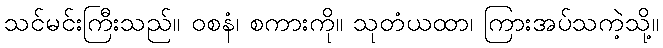
သင်မင်းကြီးသည်။ ဝစနံ၊ စကားကို။ သုတံယထာ၊ ကြားအပ်သကဲ့သို့။